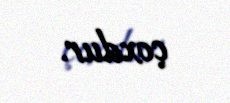
çoxdur.